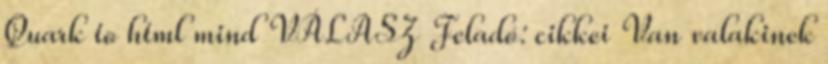
Quark to html mind VÁLASZ Feladó: cikkei Van valakinek